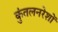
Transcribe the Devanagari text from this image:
कुंतलनरेशों